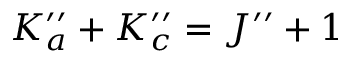
K _ { a } ^ { \prime \prime } + K _ { c } ^ { \prime \prime } = J ^ { \prime \prime } + 1